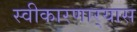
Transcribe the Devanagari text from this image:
स्वीकारणार्‍यास